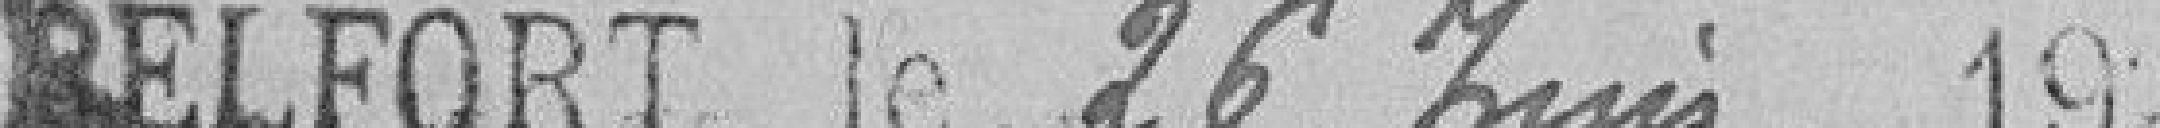
BELFORT, le 26 juin 1924